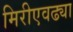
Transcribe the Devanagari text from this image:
मिरीएवढ्या